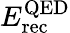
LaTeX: E_{\mathrm{rec}}^{\mathrm{QED}}